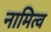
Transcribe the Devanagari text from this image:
नामित्व